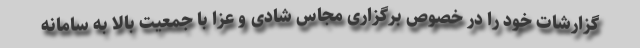
گزارشات خود را در خصوص برگزاری مجاس شادی و عزا با جمعیت بالا به سامانه